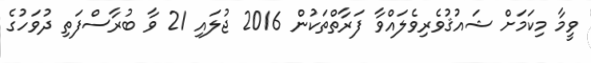
ވީމާ މިކަމަށް ޝައުޤުވެރިވެލައްވާ ފަރާތްތަކުން 2016 ޖުލައި 21 ވާ ބުރާސްފަތި ދުވަހުގެ